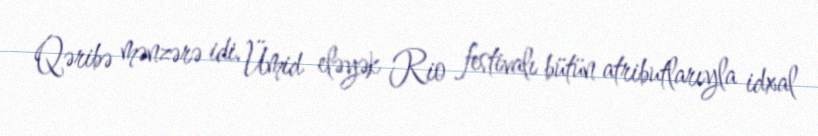
Qəribə mənzərə idi. Ümid eləyək Rio festivalı bütün atributlarıyla idxal